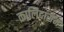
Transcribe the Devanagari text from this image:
कालिदासेन